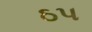
ઠપ